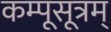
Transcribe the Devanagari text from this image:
कम्पूसूत्रम्